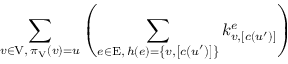
\sum _ { \substack { v \in \mathrm { V } , \, \pi _ { \mathrm { V } } \left( v \right) = u } } \left( \sum _ { \substack { e \in \mathrm { E } , \, h \left( e \right) = \left\{ v , \left[ c \left( u ^ { \prime } \right) \right] \right\} } } k _ { v , \left[ c \left( u ^ { \prime } \right) \right] } ^ { e } \right)